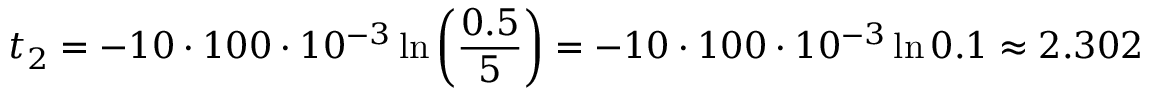
t _ { 2 } = - 1 0 \cdot 1 0 0 \cdot 1 0 ^ { - 3 } \ln { \left( \frac { 0 . 5 } { 5 } \right) } = - 1 0 \cdot 1 0 0 \cdot 1 0 ^ { - 3 } \ln { 0 . 1 } \approx 2 . 3 0 2